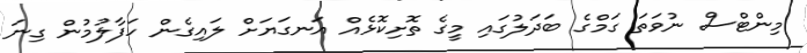
މިންޓްސް ނުވަތަ ގަމްގެ ބަދަލުގައި މީގެ ތޮށިކޮޅެއް އަނގަޔަށް ލައިގެން ހަފާލުމުން ގިނަ